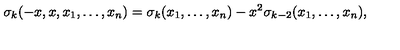
\sigma _ { k } ( - x , x , x _ { 1 } , \ldots , x _ { n } ) = \sigma _ { k } ( x _ { 1 } , \ldots , x _ { n } ) - x ^ { 2 } \sigma _ { k - 2 } ( x _ { 1 } , \ldots , x _ { n } ) ,